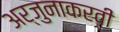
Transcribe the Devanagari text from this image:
अर्जुनाकरवी